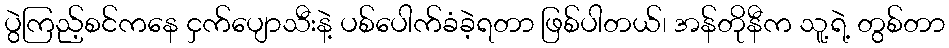
ပွဲကြည့်စင်ကနေ ငှက်ပျောသီးနဲ့ ပစ်ပေါက်ခံခဲ့ရတာ ဖြစ်ပါတယ်၊ အန်တိုနီက သူ့ရဲ့ တွစ်တာ